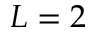
L = 2